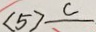
< 5 > C